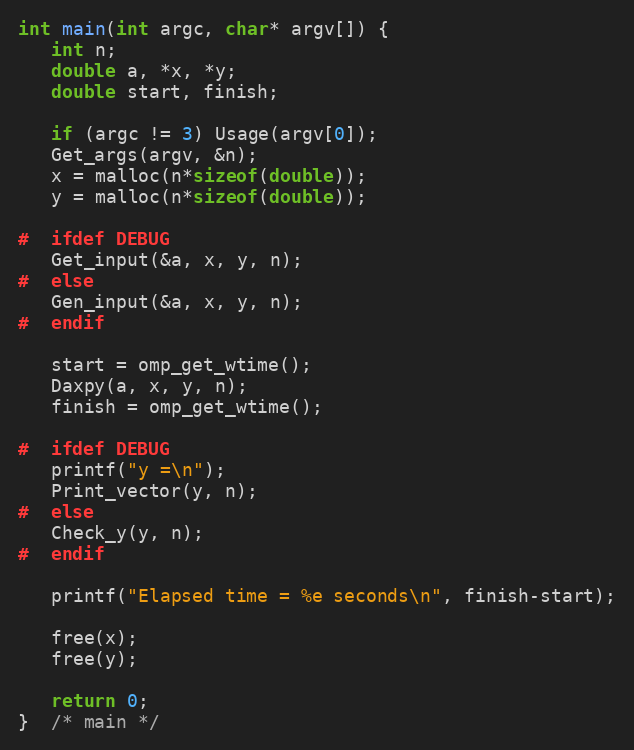
Language: C
int main(int argc, char* argv[]) {
   int n;
   double a, *x, *y;
   double start, finish;

   if (argc != 3) Usage(argv[0]);
   Get_args(argv, &n);
   x = malloc(n*sizeof(double));
   y = malloc(n*sizeof(double));

#  ifdef DEBUG
   Get_input(&a, x, y, n);
#  else
   Gen_input(&a, x, y, n);
#  endif

   start = omp_get_wtime();
   Daxpy(a, x, y, n);
   finish = omp_get_wtime();

#  ifdef DEBUG
   printf("y =\n");
   Print_vector(y, n);
#  else
   Check_y(y, n);
#  endif

   printf("Elapsed time = %e seconds\n", finish-start);

   free(x);
   free(y);

   return 0;
}  /* main */